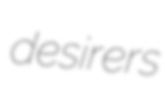
desirers